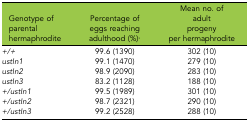
| Genotype of parental hermaphrodite | Percentage of eggs reaching adulthood (%)* | Mean no. of adult progeny per hermaphrodite |
 | --- | --- | --- |
 | +/+ | 99.6 (1390) | 302 (10) |
 | ustIn1 | 99.1 (1470) | 279 (10) |
 | ustIn2 | 98.9 (2090) | 283 (10) |
 | ustIn3 | 83.2 (1128) | 188 (10) |
 | +/ustIn1 | 99.5 (1989) | 301 (10) |
 | +/ustIn2 | 98.7 (2321) | 290 (10) |
 | +/ustIn3 | 99.2 (2528) | 288 (10) |